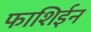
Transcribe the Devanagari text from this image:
फाशिईन